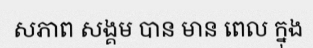
សភាព សង្គម បាន មាន ពេល ក្នុង